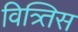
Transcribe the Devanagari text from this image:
वित्र्तिस